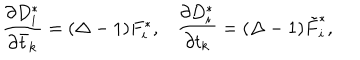
LaTeX: \frac { \partial D _ { i } ^ { * } } { \partial \bar { t } _ { k } } = ( \Delta - 1 ) F _ { i } ^ { * } , \frac { \partial D _ { i } ^ { * } } { \partial t _ { k } } = ( \Delta - 1 ) \tilde { F } _ { i } ^ { * } ,